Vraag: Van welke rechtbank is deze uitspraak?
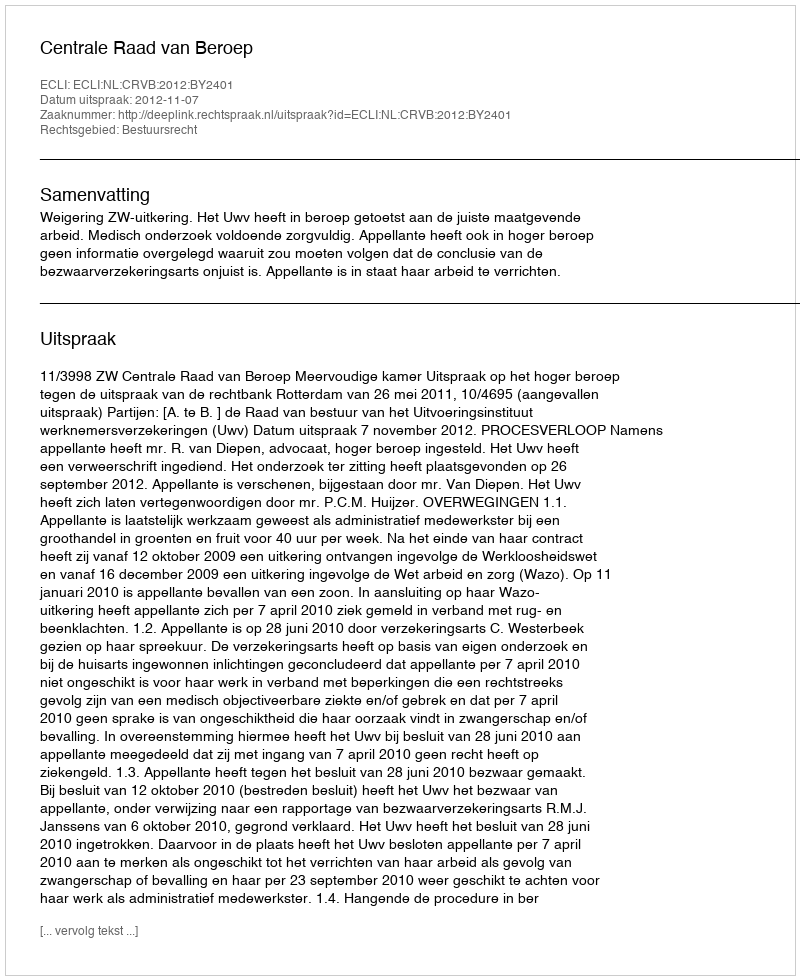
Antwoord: Centrale Raad van Beroep